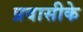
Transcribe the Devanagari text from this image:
प्रवासीके